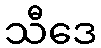
သီဒေ